Civil Veterinary Dept. North-West Frontier Province 1923-32 - 1923-1932
Year: 1923
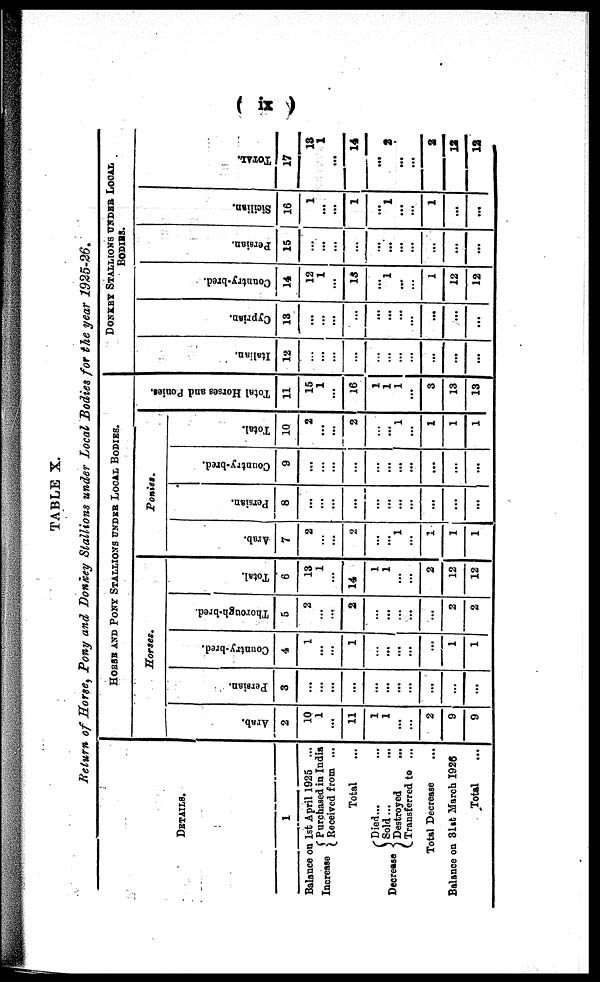
(ix)
TABLE X.
Return of Horse, Pony and Donkey Stallions under Local Bodies for the year 1925-26.
DETAILS.
1
Balance on
1st April 1925 ...
Increase
Purchased in India
Received from ...
Total
Decrease
Died...
Sold ...
Destroyed ...
Transferred to ...
Total Decrease
Balance on 31st March 1926
Total
HORSE AND PONY STALLIONS UNDER LOCAL BODIES.
Horses.
Arab.
2
10
1
...
11
1
1
...
...
2
9
9
Persian.
3
...
...
...
...
...
...
...
...
...
...
...
Country-bred.
4
1
...
...
1
...
... ...
...
...
1
1
Thorough-bred.
5
2
...
...
2
...
... ...
...
...
2
2
Total.
6
13
1
...
14
1
1
...
...
2
12
12
Ponies.
Arab.
7
2
...
...
2
...
...
1
...
...
1
1
Persian.
8
...
...
...
...
...
... ...
...
...
...
...
Country-bred.
9
...
...
...
...
...
...
...
...
...
...
...
Total.
10
2
...
...
2
...
...
1
...
1
1
1
Total Horses and Ponies.
11
15
1
...
16
1
1
1
...
3
13
13
DONKEY STALLIONS UNDER LOCAL
BODIES.
I t al i an.
12
...
...
...
...
...
...
...
...
...
...
...
Cypr i
an.
13
...
...
...
...
...
...
...
...
...
...
...
Count r
y- br e d.
14
12
1
...
13
...
1
...
...
1
12
12
Per si an.
15
...
...
...
...
...
...
...
...
...
...
...
Sicilian.
16
1
...
...
1
...
1
...
...
1
...
...
TOTAL.
17
18
1
...
14
...
2
...
...
2
12
12